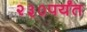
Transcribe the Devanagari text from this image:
२३०पर्यंत